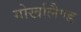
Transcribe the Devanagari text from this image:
गोर्खालैण्ड